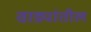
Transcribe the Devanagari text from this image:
वाड्यांतील